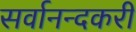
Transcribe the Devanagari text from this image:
सर्वानन्दकरी